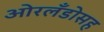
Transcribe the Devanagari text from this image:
ओरलँडोसह